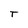
Character: t